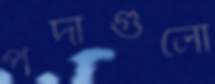
পর্দাগুলো